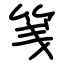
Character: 䇳